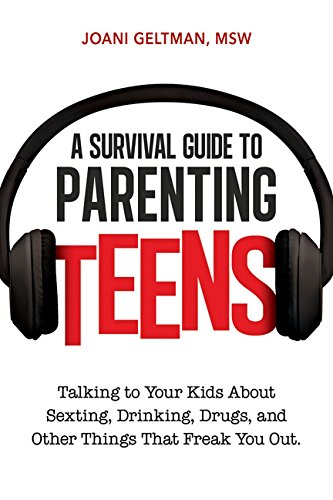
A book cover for A Survival Guide to Parenting Teens: Talking to Your Kids About Sexting, Drinking, Drugs, and Other Things That Freak You Out; Joani Geltman; Parenting & Relationships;